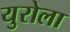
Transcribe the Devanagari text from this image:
युरोला